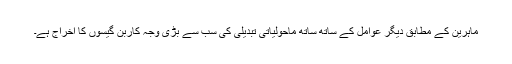
ماہرین کے مطابق دیگر عوامل کے ساتھ ساتھ ماحولیاتی تبدیلی کی سب سے بڑی وجہ کاربن گیسوں کا اخراج ہے۔